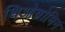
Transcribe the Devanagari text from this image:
थिओब्रोमिन